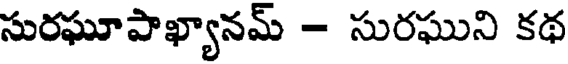
సురఘూపాఖ్యానమ్ - సురఘుని కథ